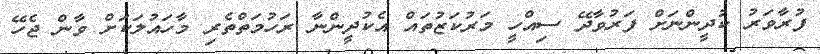
ފުރާވަރު ކުދީންނަށް ފަރުވާދޭ ސިއްހީ މަރުކަޒުތައް އެކުދީންނާ ރަހުމަތްތެރި މާހައުލަކަށް ވާން ޖެހޭ